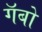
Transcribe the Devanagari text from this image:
गॅबो